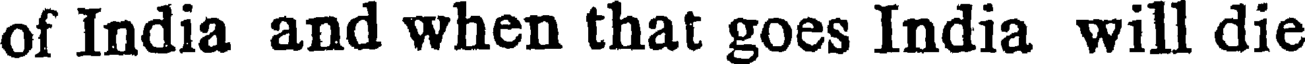
of India and when that goes India will die